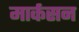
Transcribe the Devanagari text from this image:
मार्कसन